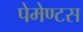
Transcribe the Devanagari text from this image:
पेमेण्टस